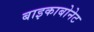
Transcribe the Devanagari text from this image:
बाइकाबोनेट